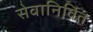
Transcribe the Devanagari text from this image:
सेवानिर्वित